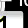
Digit: 1